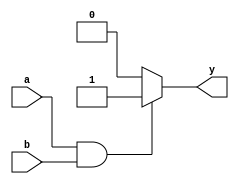
module andgate_behavioural(a, b, y);

input a, b;
output reg y;

always@(*)
begin
    if (a == 1 & b == 1)
        y = 1'b1;
    else
        y = 1'b0;
end
endmodule